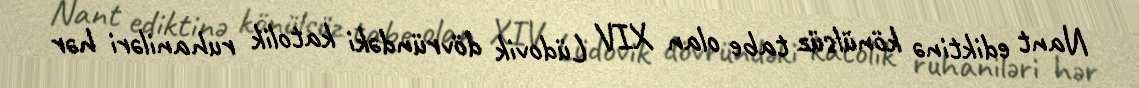
Nant ediktinə könülsüz tabe olan XIV Lüdovik dövründəki katolik ruhaniləri hər